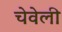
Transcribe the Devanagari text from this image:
चेवेली